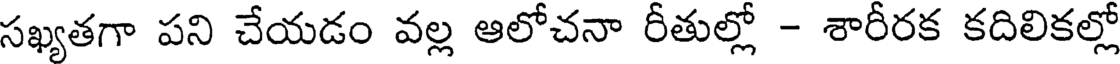
సఖ్యతగా పని చేయడం వల్ల ఆలోచనా రీతుల్లో - శారీరక కదిలికల్లో